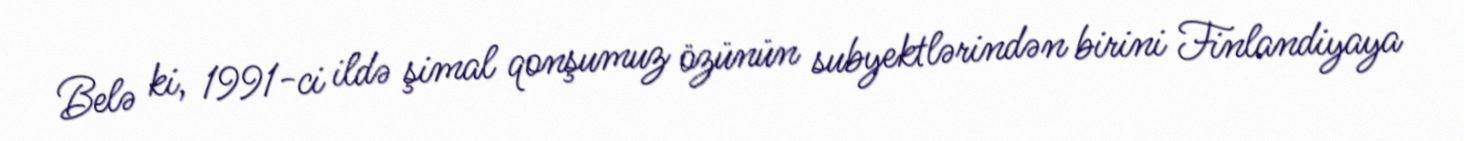
Belə ki, 1991-ci ildə şimal qonşumuz özünün subyektlərindən birini Finlandiyaya